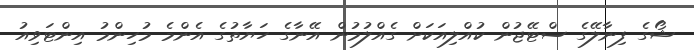
ޝޯގެ ފިނާލޭގެ ސްޓޭޖުން ކުއްލިއަކަށް ގެއްލުމުން އޭނާގެ ހަޔާތުގެ އެންމެ މުހިންމު އިންޓަވިއު